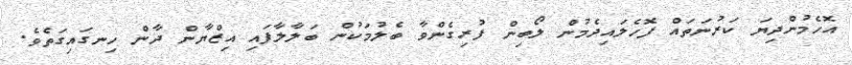
އޮހެމުންދިޔަ ކަރުނަތައް ފޮހެލައިދެމުން ލޯބިން ފުރިގެންވާ ބެލުމަކުން ބަލާލާފައި އިޒްޔާން ދާން ހިނގައިގަތެވެ.